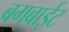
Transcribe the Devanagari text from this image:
बगबाईट